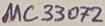
Text: MC33072